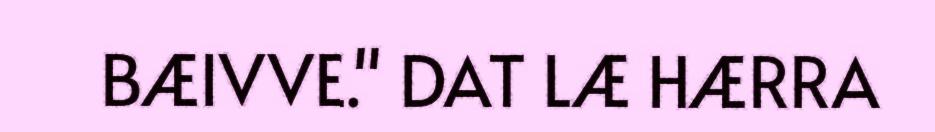
BÆIVVE." DAT LÆ HÆRRA